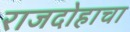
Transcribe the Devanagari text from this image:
राजदोहाचा